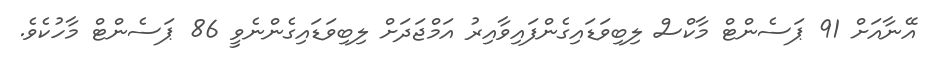
އޭނާއަށް 91 ޕަސެންޓް މާކްސް ލިބިވަޑައިގެންފައިވާއިރު އަމްޖަދަށް ލިބިވަޑައިގެންނެވީ 86 ޕަސެންޓް މާހުކެވެ.